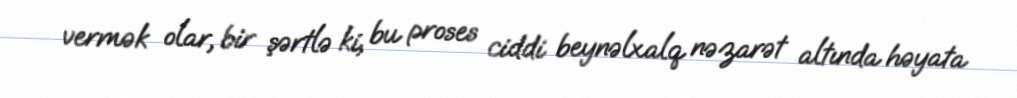
vermək olar, bir şərtlə ki, bu proses ciddi beynəlxalq nəzarət altında həyata